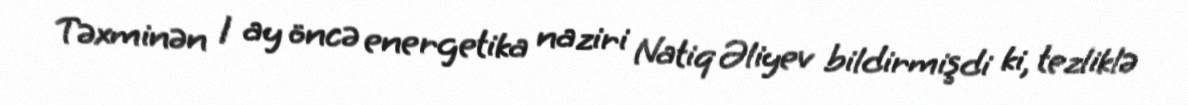
Təxminən 1 ay öncə energetika naziri Natiq Əliyev bildirmişdi ki, tezliklə